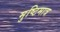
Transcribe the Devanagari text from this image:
मुष्टिमात्र